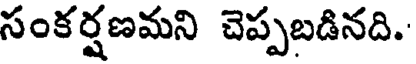
సంకర్షణమని చెప్పబడినది.